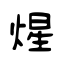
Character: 煋